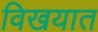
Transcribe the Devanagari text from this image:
विखयात